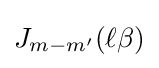
J_{m-m'}(\ell \beta )